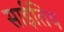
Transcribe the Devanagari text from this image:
साईतिय